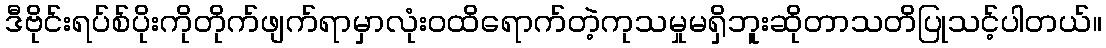
ဒီဗိုင်းရပ်စ်ပိုးကိုတိုက်ဖျက်ရာမှာလုံးဝထိရောက်တဲ့ကုသမှုမရှိဘူးဆိုတာသတိပြုသင့်ပါတယ်။